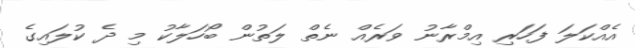
އެެެއްކަލަ ފަހަރި އިމްރާނު ވަރެއް ނެތް ލަތުން ބޯހަލާކު މި ދެ ކުލައިގެ